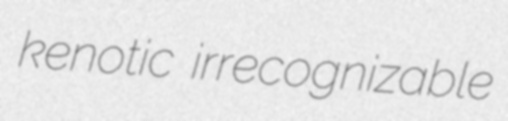
kenotic irrecognizable